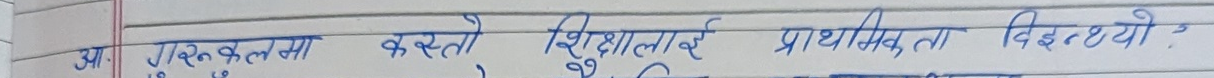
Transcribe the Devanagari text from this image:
आ. गुरुकुल कस्तो शिक्षालाई प्राथमिकता दिइन्थ्यो ?